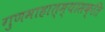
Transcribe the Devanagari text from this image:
गुणमाहात्म्यासक्ति